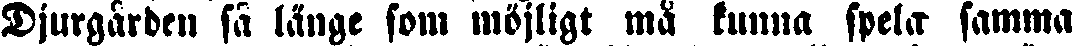
Djurgården så länge som möjligt må kunna spela samma